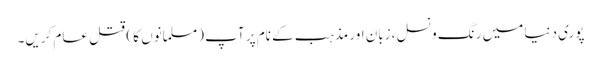
پوری دنیا میں رنگ و نسل ،زبان اور مذہب کے نام پر آپ (مسلمانوں کا ) قتل عام کریں۔